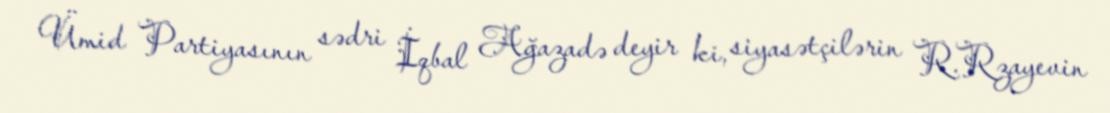
Ümid Partiyasının sədri İqbal Ağazadə deyir ki, siyasətçilərin R.Rzayevin